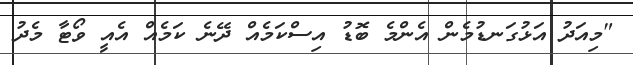
"މިއަދު އަޅުގަނޑުމެން އެންމެ ބޮޑު އިސްކަމެއް ދޭނެ ކަމެއް އެއީ ވޯޓާ މެދު